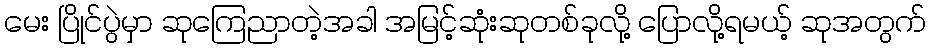
မေး ပြိုင်ပွဲမှာ ဆုကြေညာတဲ့အခါ အမြင့်ဆုံးဆုတစ်ခုလို့ ပြောလို့ရမယ့် ဆုအတွက်